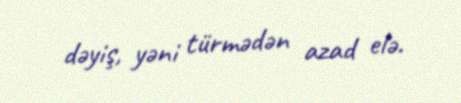
dəyiş, yəni türmədən azad elə.